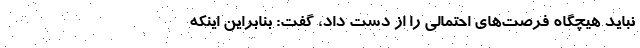
نباید هیچگاه فرصت‌های احتمالی را از دست داد، گفت: بنابراین اینکه